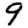
Digit: 9